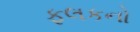
ફલકનો